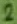
Text: 2